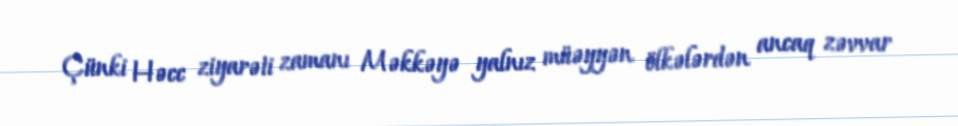
Çünki Həcc ziyarəti zamanı Məkkəyə yalnız müəyyən ölkələrdən ancaq zəvvar